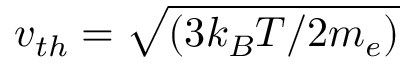
v _ { t h } = \sqrt { ( 3 k _ { B } T / 2 m _ { e } ) }